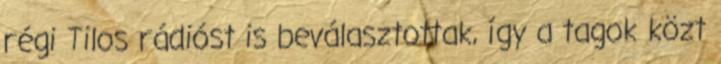
régi Tilos rádióst is beválasztottak, így a tagok közt